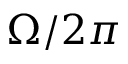
\Omega / 2 \pi